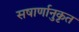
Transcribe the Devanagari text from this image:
सषार्णानुकृत